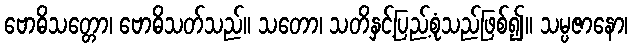
ဗောဓိသတ္တော၊ ဗောဓိသတ်သည်။ သတော၊ သတိနှင့်ပြည့်စုံသည်ဖြစ်၍။ သမ္ပဇာနော၊